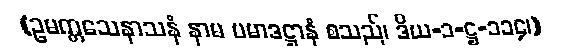
(ဥမက္ကသေနာသနံ နာမ ပမာဒဋ္ဌာနံ စသည်၊ ဒိယ-၁-ဋ္ဌ-၁၁၄၊)